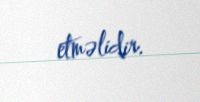
etməlidir.